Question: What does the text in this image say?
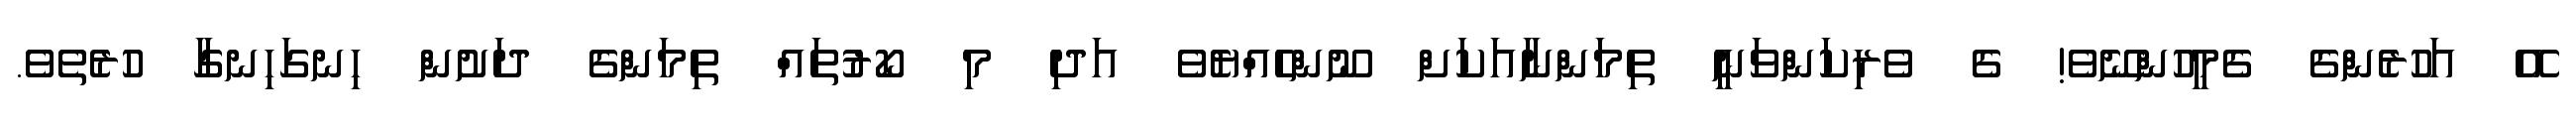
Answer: އޭ އަހުރެންގެ ގެމީހުންނޭވެ! ގެ ވެރިކަންވަނީ ތިމަންނާއަކަށް ނޫންހެއްޔެވެ އަދި މި ކޯރުތައް ތިމަންގެ ދަށުން ހިނގަހިނގާ ހުރެތެވެ.